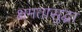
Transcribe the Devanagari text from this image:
क्षमतासुद्धा